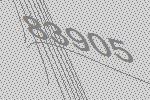
83905